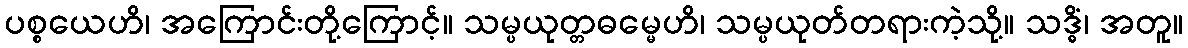
ပစ္စယေဟိ၊ အကြောင်းတို့ကြောင့်။ သမ္ပယုတ္တဓမ္မေဟိ၊ သမ္ပယုတ်တရားကဲ့သို့။ သဒ္ဓိံ၊ အတူ။